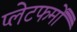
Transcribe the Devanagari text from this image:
प्‍लेटफर्मों